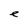
Character: e